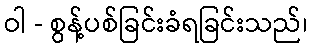
ဝါ - စွန့်ပစ်ခြင်းခံရခြင်းသည်၊